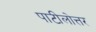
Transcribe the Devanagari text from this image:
पाटीलोत्तर